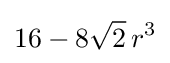
16-8{\sqrt {2}}\,r^{3}